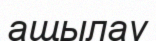
ащылау